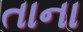
તાના